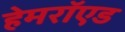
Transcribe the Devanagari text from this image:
हेमरॉएड